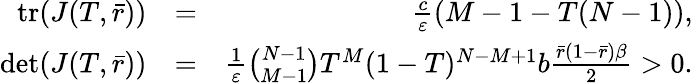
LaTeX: \begin{array}{rlr}{\mathrm{tr}(J(T,\bar{r}))}&{=}&{\frac{c}{\varepsilon}(M-1-T(N-1)),}\\ {\mathrm{det}(J(T,\bar{r}))}&{=}&{\frac{1}{\varepsilon}\binom{N-1}{M-1}T^{M}(1-T)^{N-M+1}b\frac{\bar{r}(1-\bar{r})\beta}{2}>0.}\end{array}